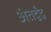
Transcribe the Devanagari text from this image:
अंतर्द्वंद्र